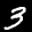
Label: 3